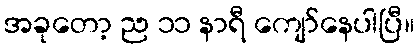
အခုတော့ ည ၁၁ နာရီ ကျော်နေပါပြီ။